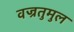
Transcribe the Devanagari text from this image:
वज्रतुमुल